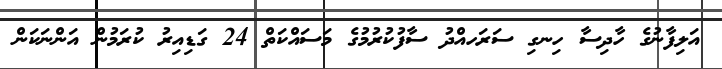
އަލިފާނުގެ ހާދިސާ ހިނގި ސަރަހއްދު ސާފުކުރުމުގެ މަސައްކަތް 24 ގަޑިއިރު ކުރަމުން އަންނަކަން